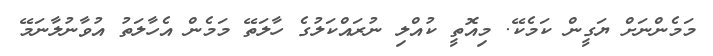
މަމެންނަށް ޔަގީން ކަމެކޭ. މިއޮތީ ކުއްލި ނުރައްކަލުގެ ހާލަތޭ މަމެން އެހާލަތު އުވާނުލާނަމޭ